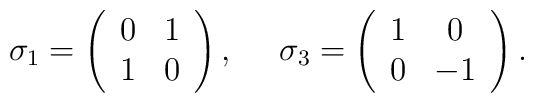
\sigma_1 = \left(\begin{array}{cc} 0 & 1 \\1 & 0\end{array}\right),  ~~~~ \sigma_3 = \left(\begin{array}{cc} 1 & 0 \\0 & -1\end{array}\right).